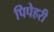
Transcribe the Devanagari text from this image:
पिपेहरी